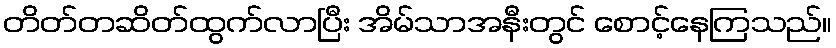
တိတ်တဆိတ်ထွက်လာပြီး အိမ်သာအနီးတွင် စောင့်နေကြသည်။